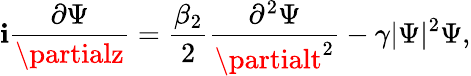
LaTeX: \mathbf{i}\frac{{\partial\Psi}}{{\partialz}}=\frac{{\beta_{2}}}{{2}}\frac{{\partial^{2}\Psi}}{{\partialt^{2}}}-\gamma|\Psi|^{2}\Psi,